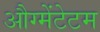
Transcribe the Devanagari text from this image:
औग्मेंटेटम